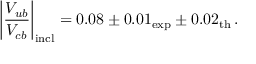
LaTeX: \left| { \frac { V _ { u b } } { V _ { c b } } } \right| _ { \mathrm { i n c l } } = 0 . 0 8 \pm 0 . 0 1 _ { \mathrm { e x p } } \pm 0 . 0 2 _ { \mathrm { t h } } \, .